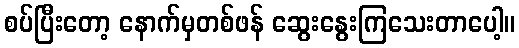
စပ်ပြီးတော့ နောက်မှတစ်ဖန် ဆွေးနွေးကြသေးတာပေါ့။